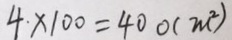
4 \cdot \times 1 0 0 = 4 0 0 ( m ^ { 2 } )